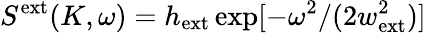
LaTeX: S^{\mathrm{ext}}(K,\omega)=h_{\mathrm{ext}}\exp[-\omega^{2}/(2w_{\mathrm{ext}}^{2})]